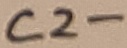
Text: C2-